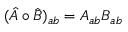
( \hat { A } \circ \hat { B } ) _ { a b } = A _ { a b } B _ { a b }